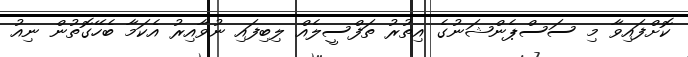
ކޮށްފައިވާ މި ސަސްޕެންޝަނުގެ އިތުރު ތަފްސީލެއް ލިބިފައި ނުވާއިރު އެކަމާ ބެހޭގޮތުން ނިއު